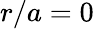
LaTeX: r/a=0